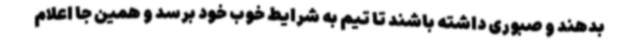
بدهند و صبوری داشته باشند تا تیم به شرایط خوب خود برسد و همین جا اعلام